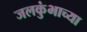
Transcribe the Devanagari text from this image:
जलकुंभाच्या